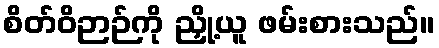
စိတ်ဝိဉာဉ်ကို ညှို့ယူ ဖမ်းစားသည်။